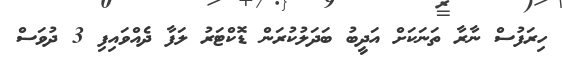
ހިރަފުސް ނާރާ ތަނަކަށް އަދީބު ބަދަލުކުރަން ޑޮކްޓަރު ލަފާ ދެއްވައިފި 3 ދުވަސް